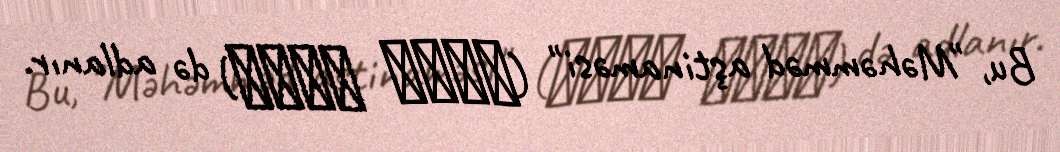
Bu, "Məhəmməd aştinaməsi" (آشتی نامه) də adlanır.